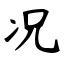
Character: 况